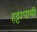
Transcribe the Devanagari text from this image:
हट्टापायी